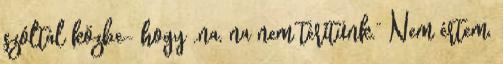
szóltál közbe- hogy „na, na nem térítünk.” Nem értem,